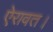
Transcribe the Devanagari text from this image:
ऐरावत।